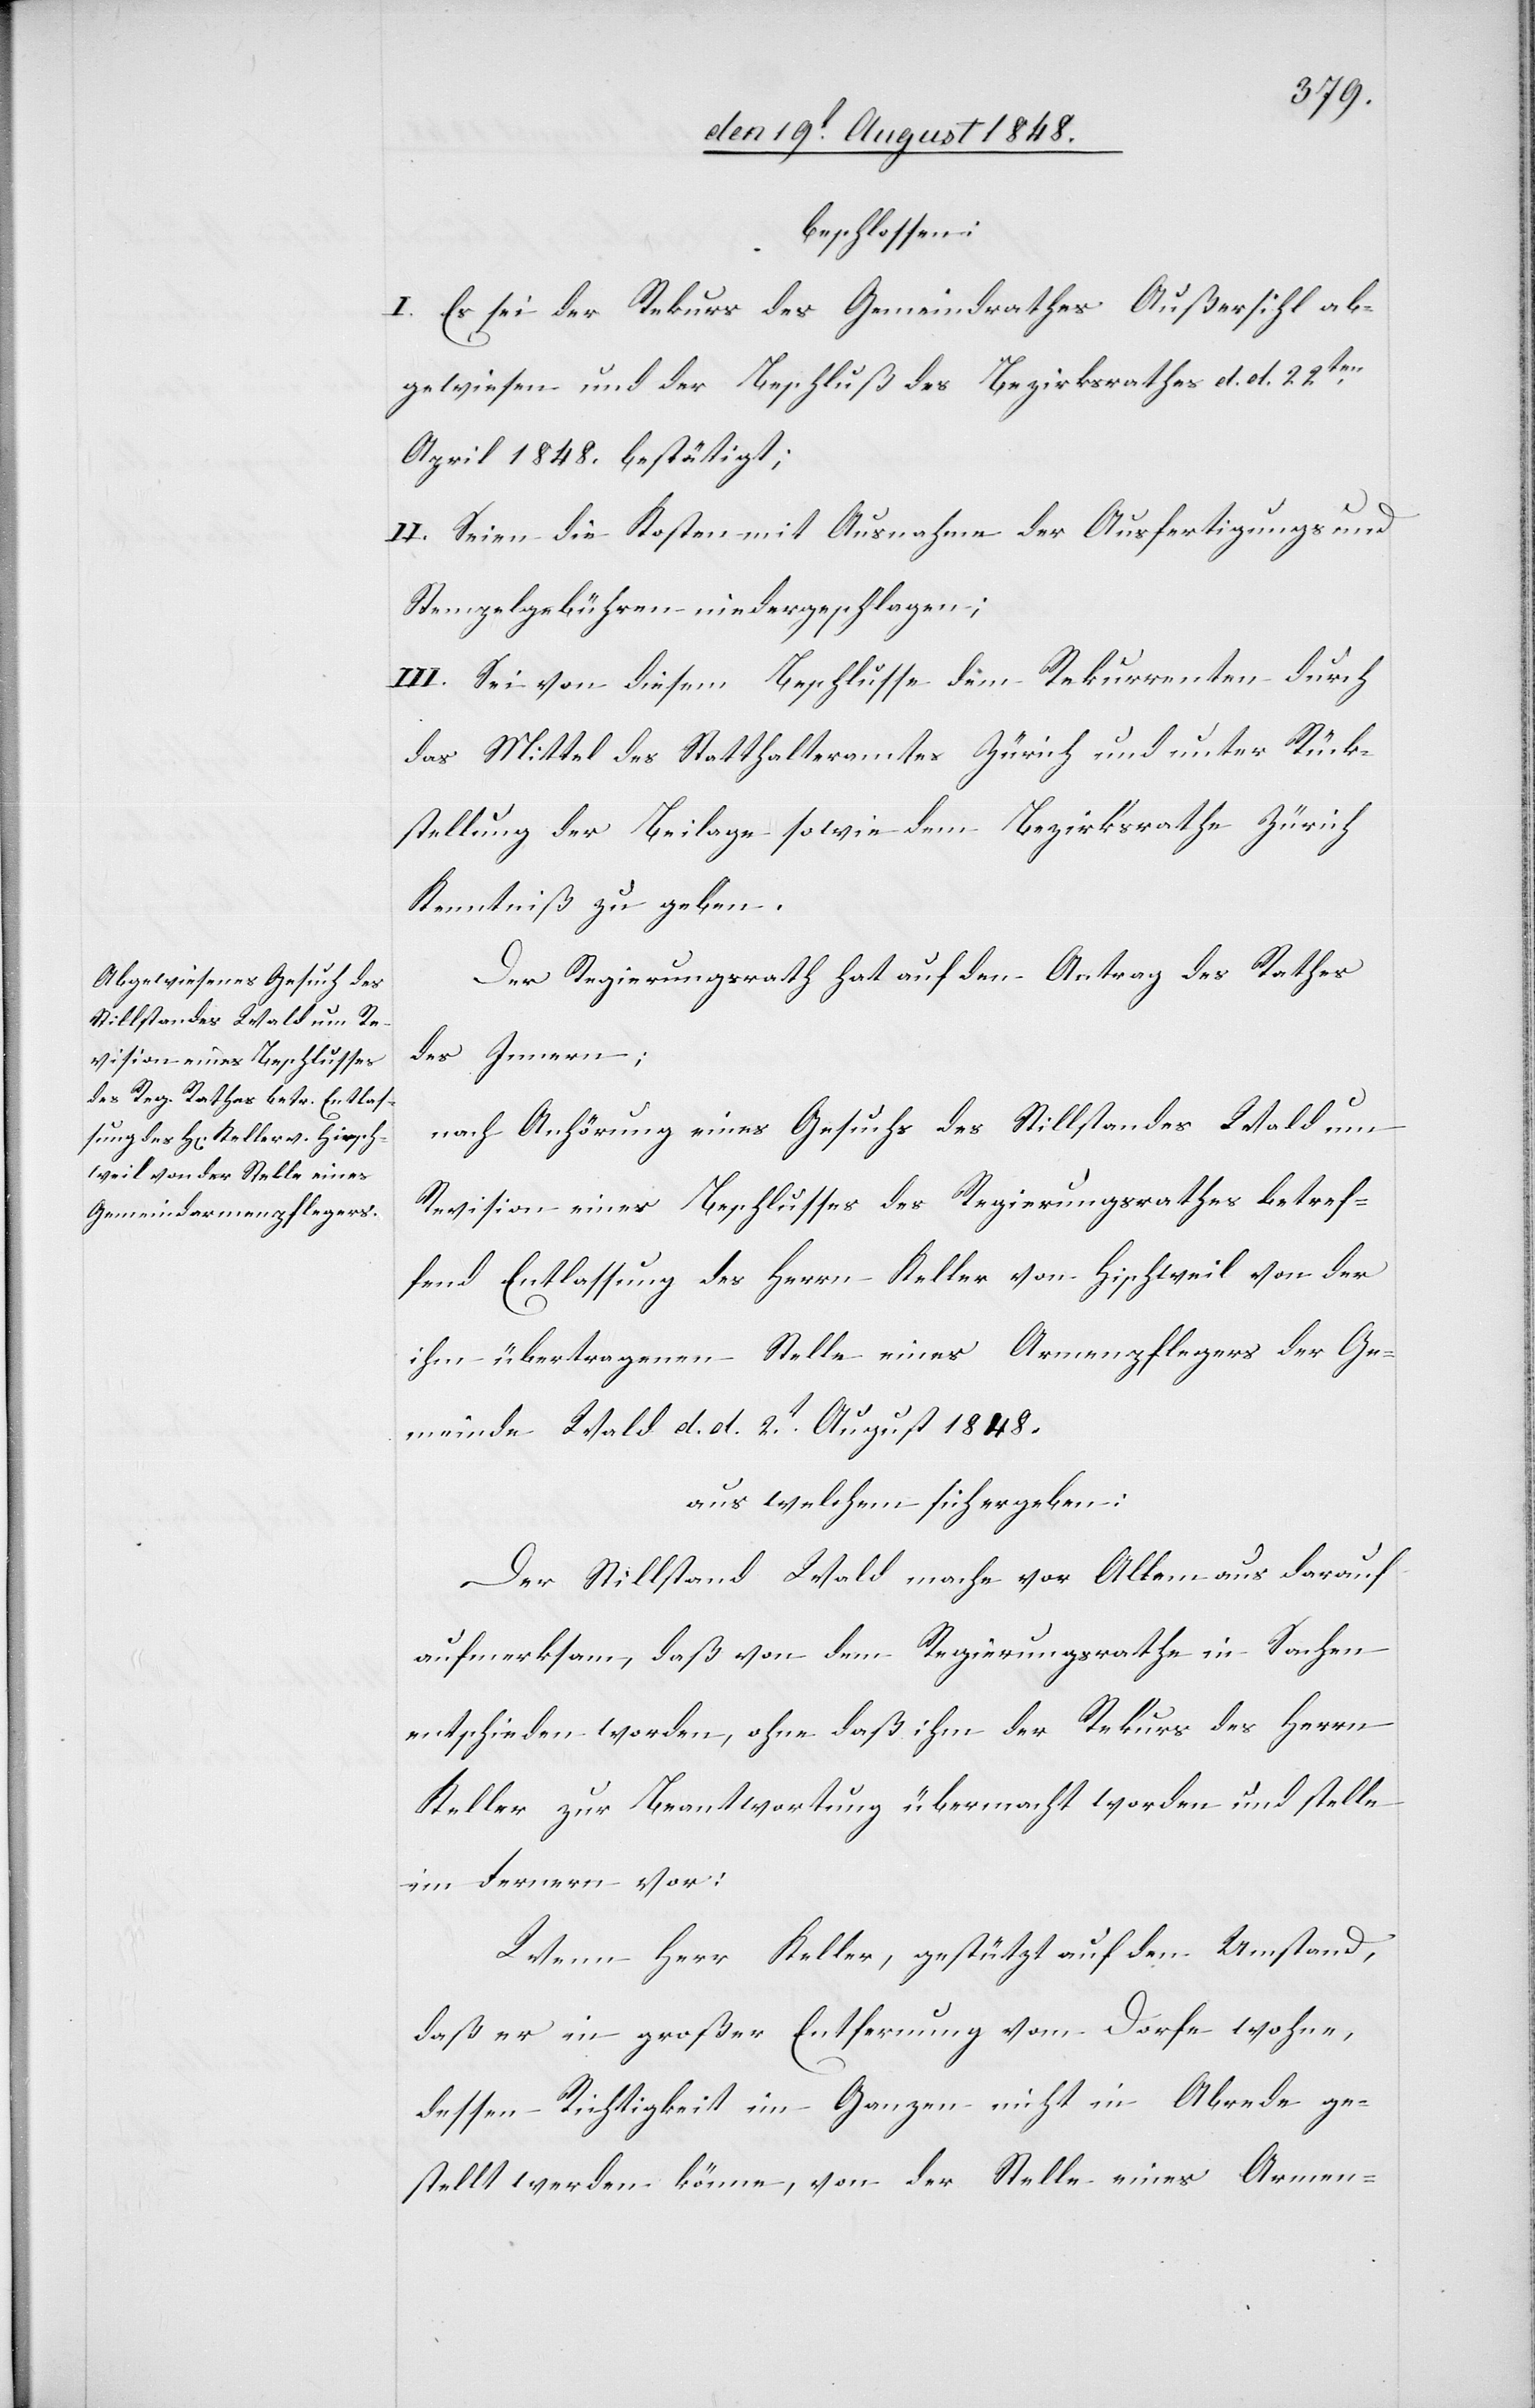
beschlossen:
I. Es sei der Rekurs des Gemeindrathes Außersihl ab¬
gewiesen und der Beschluß des Bezirksrathes d. d. 22ten
April 1848. bestätigt;
II. Seien die Kosten mit Ausnahme der Ausfertigungs und
Stempelgebühren niedergeschlagen;
III. Sei von diesem Beschlusse dem Rekurrenten durch
das Mittel des Statthalteramtes Zürich und unter Rück¬
stellung der Beilage sowie dem Bezirksrathe Zürich
Kenntniß zu geben.
Der Regierungsrath hat auf den Antrag des Rathes
des Innern;
nach Anhörung eines Gesuchs des Stillstandes Wald um
Revision eines Beschlusses des Regierungsrathes betref¬
fend Entlassung des Herrn Keller von Hischweil von der
ihm übertragenen Stelle eines Armenpflegers der Ge¬
meinde Wald d. d. 2t August 1848.
aus welchem sich ergeben:
Der Stillstand Wald mache vor Allem aus darauf
aufmerksam, daß von dem Regierungsrathe in Sachen
entschieden worden, ohne daß ihm der Rekurs des Herrn
Keller zur Beantwortung übermacht worden und stelle
im Fernern vor:
Wenn Herr Keller, gestützt auf den Umstand,
daß er in großer Entfernung vom Dorfe wohne,
dessen Richtigkeit im Ganzen nicht in Abrede ge¬
stellt werden könne, von der Stelle eines Armen-